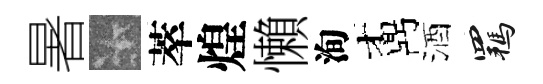
暑卡萃煌懶洵鼒酒羈